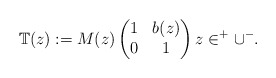
\begin{align*}\mathbb{T}(z):= M(z) \begin{pmatrix}1 & b(z) \\ 0 & 1\end{pmatrix} z \in ^+ \cup ^-.\end{align*}